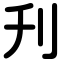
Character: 刋